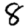
Digit: 8